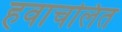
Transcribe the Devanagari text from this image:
हवाचलित